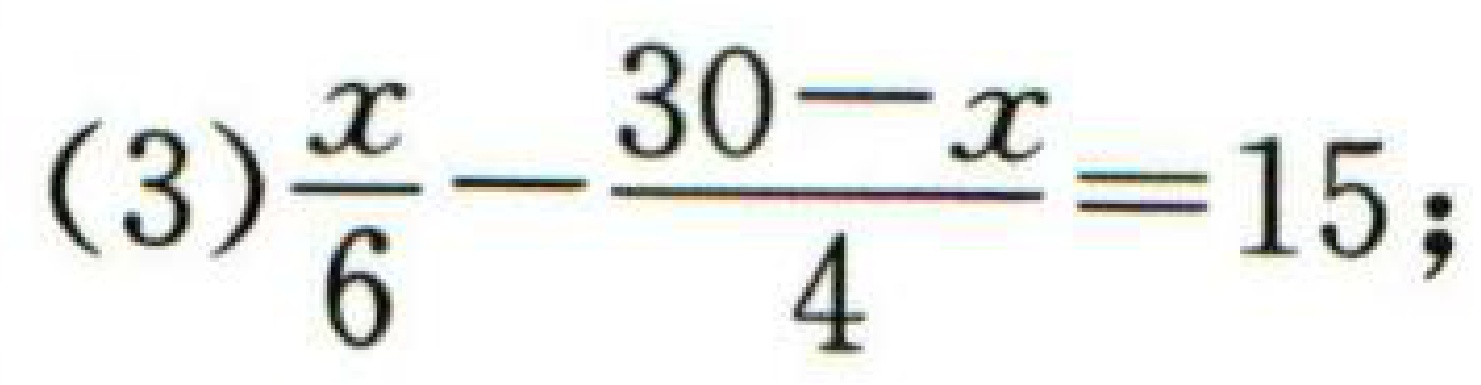
(3)$\frac{x}{6}-\frac{30 - x}{4}=15;$